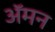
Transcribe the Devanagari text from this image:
अॅमन